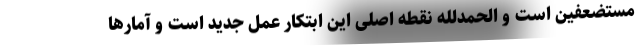
مستضعفین است و الحمدلله نقطه اصلی این ابتکار عمل جدید است و آمارها